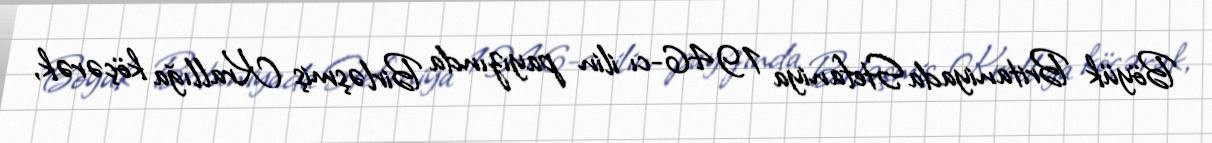
Böyük Britaniyada Stefaniya 1946-cı ilin payızında Birləşmiş Krallığa köçərək,